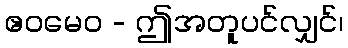
ဧဝမေဝ - ဤအတူပင်လျှင်၊